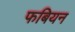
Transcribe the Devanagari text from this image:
फबियन